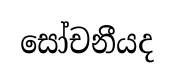
සෝචනීයද